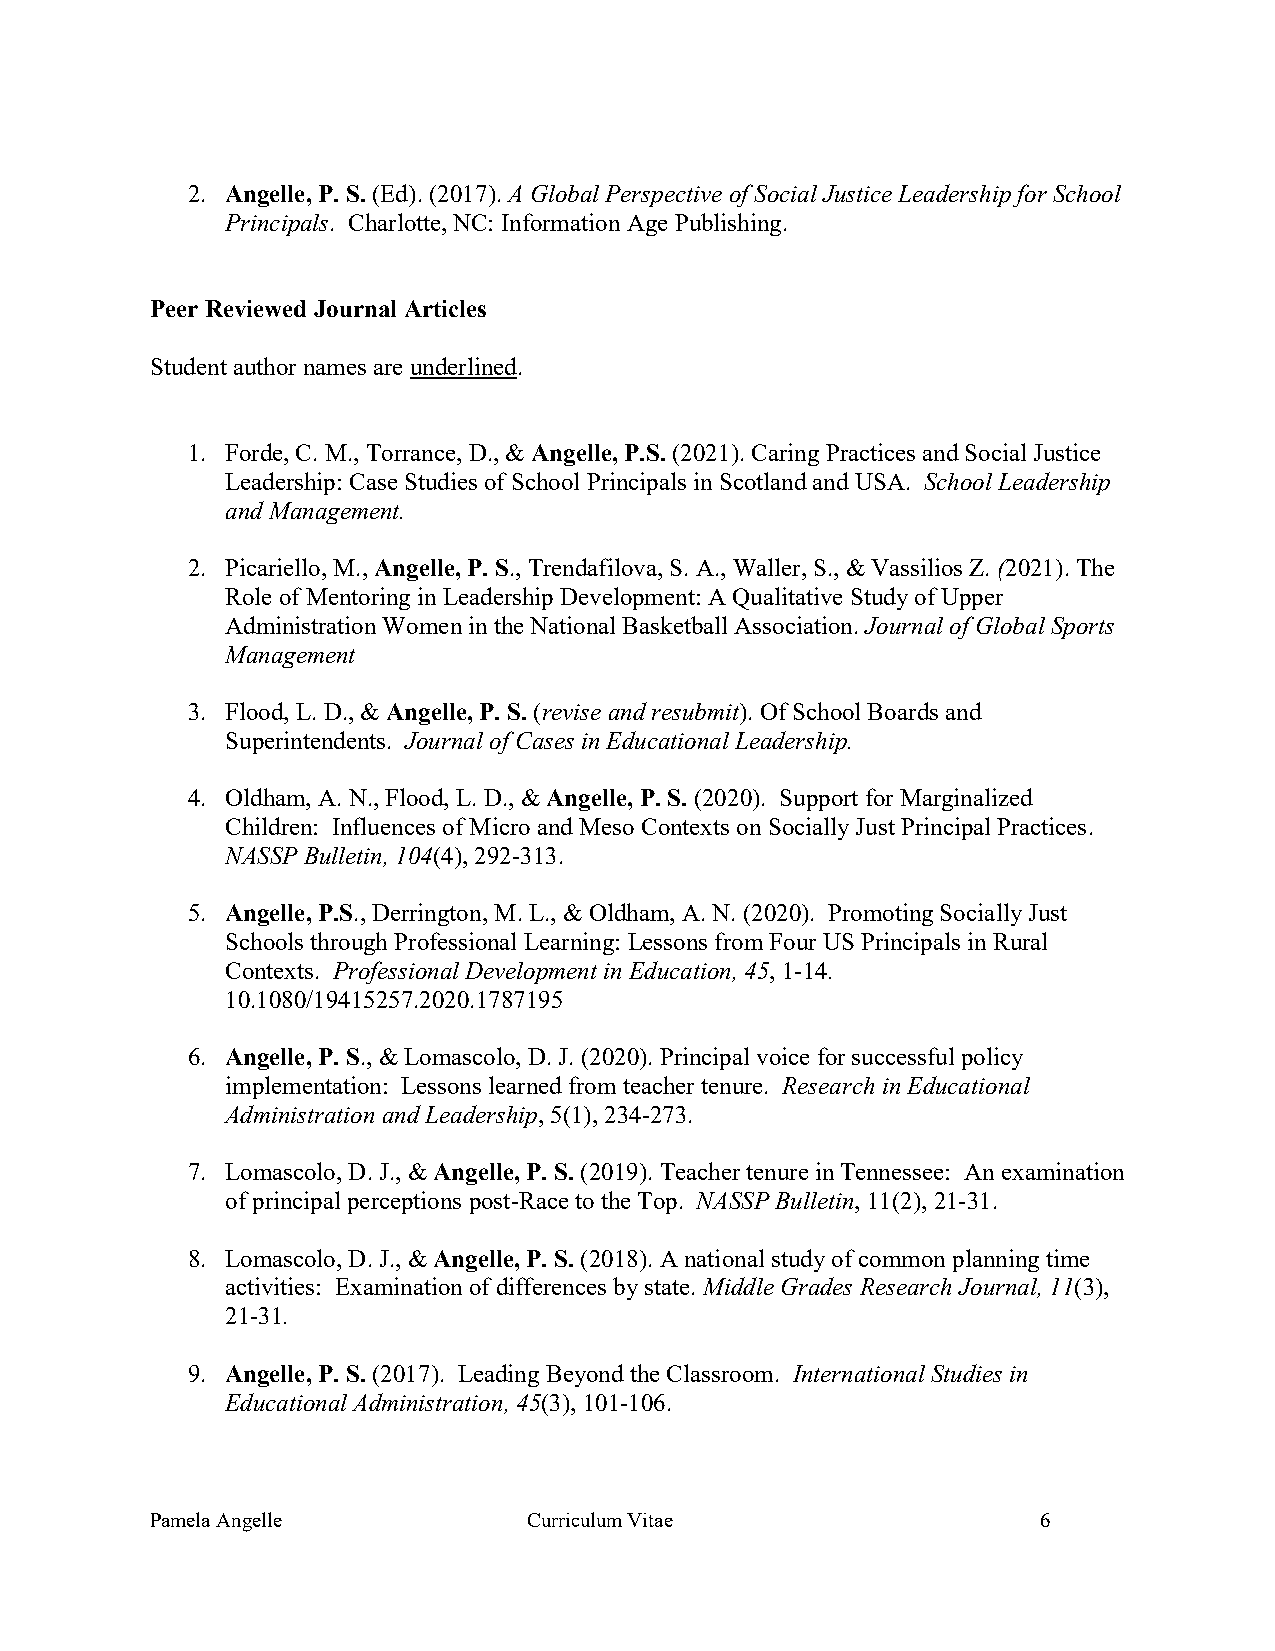
2. Angelle, P. S. (Ed). (2017). A Global Perspective of Social Justice Leadership for School
 Principals. Charlotte, NC: Information Age Publishing.
 Peer Reviewed Journal Articles
 Student author names are underlined.
 1. Forde, C. M., Torrance, D., & Angelle, P.S. (2021). Caring Practices and Social Justice
 Leadership: Case Studies of School Principals in Scotland and USA. School Leadership
 and Management.
 2. Picariello, M., Angelle, P. S., Trendafilova, S. A., Waller, S., & Vassilios Z. (2021). The
 Role of Mentoring in Leadership Development: A Qualitative Study of Upper
 Administration Women in the National Basketball Association. Journal of Global Sports
 Management
 3. Flood, L. D., & Angelle, P. S. (revise and resubmit). Of School Boards and
 Superintendents. Journal of Cases in Educational Leadership.
 4. Oldham, A. N., Flood, L. D., & Angelle, P. S. (2020). Support for Marginalized
 Children: Influences of Micro and Meso Contexts on Socially Just Principal Practices.
 NASSP Bulletin, 104(4), 292-313.
 5. Angelle, P.S., Derrington, M. L., & Oldham, A. N. (2020). Promoting Socially Just
 Schools through Professional Learning: Lessons from Four US Principals in Rural
 Contexts. Professional Development in Education, 45, 1-14.
 10.1080/19415257.2020.1787195
 6. Angelle, P. S., & Lomascolo, D. J. (2020). Principal voice for successful policy
 implementation: Lessons learned from teacher tenure. Research in Educational
 Administration and Leadership, 5(1), 234-273.
 7. Lomascolo, D. J., & Angelle, P. S. (2019). Teacher tenure in Tennessee: An examination
 of principal perceptions post-Race to the Top. NASSP Bulletin, 11(2), 21-31.
 8. Lomascolo, D. J., & Angelle, P. S. (2018). A national study of common planning time
 activities: Examination of differences by state. Middle Grades Research Journal, 11(3),
 21-31.
 9. Angelle, P. S. (2017). Leading Beyond the Classroom. International Studies in
 Educational Administration, 45(3), 101-106.
 Pamela Angelle           Curriculum Vitae                  6